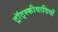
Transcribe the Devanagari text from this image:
ट्रॉट्स्कीवादियों